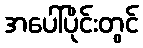
အပေါ်ပိုင်းတွင်